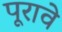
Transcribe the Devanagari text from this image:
पूरावे